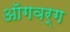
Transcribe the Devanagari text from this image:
ऑगवर्ग